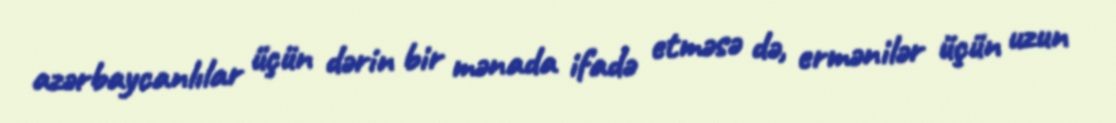
azərbaycanlılar üçün dərin bir mənada ifadə etməsə də, ermənilər üçün uzun